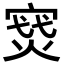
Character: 𪧝